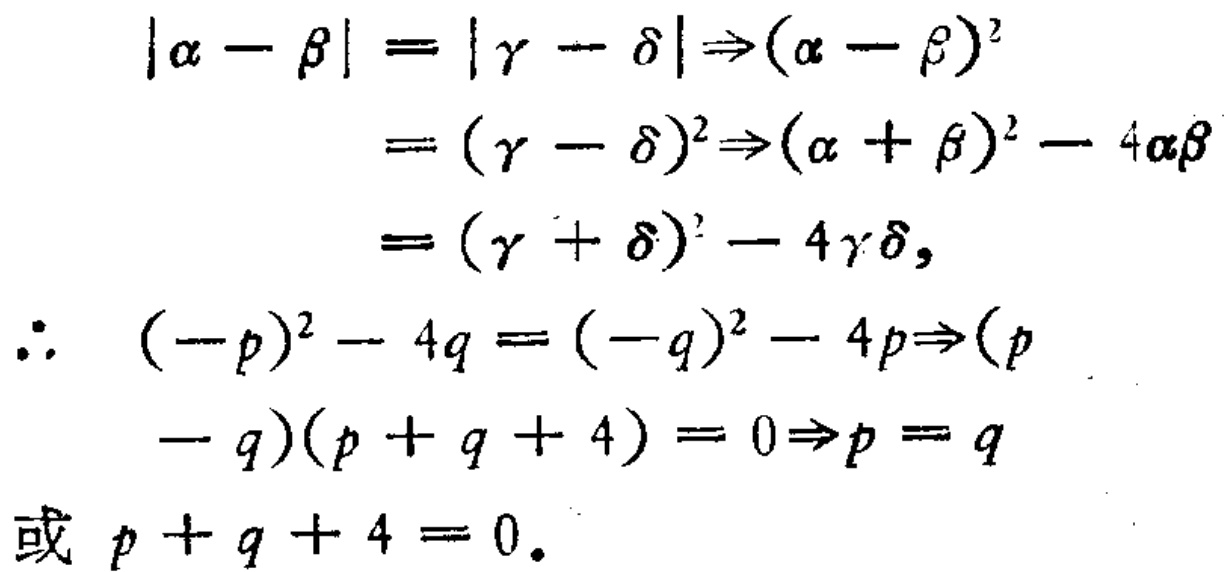
\[
\begin{align*}
|\alpha - \beta| = |\gamma - \delta|&\Rightarrow(\alpha - \beta)^2\\
&= (\gamma - \delta)^2\Rightarrow(\alpha + \beta)^2 - 4\alpha\beta\\
&= (\gamma + \delta)^2 - 4\gamma\delta,\\
\therefore\ (-p)^2 - 4q = (-q)^2 - 4p&\Rightarrow(p - q)(p + q + 4) = 0\Rightarrow p = q\\
\text{或 } p + q + 4 &= 0.
\end{align*}
\]